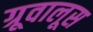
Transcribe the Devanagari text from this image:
ग्रूवालूस